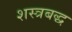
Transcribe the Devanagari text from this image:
शस्त्रबद्ध